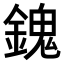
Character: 𨪈